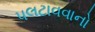
પલટાવવાનો